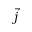
\vec { j }